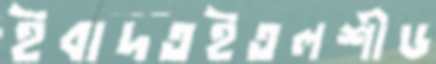
ইবাদতইতলশীড